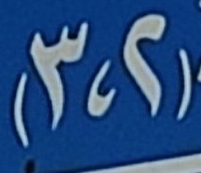
(2،3)